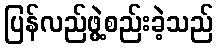
ပြန်လည်ဖွဲ့စည်းခဲ့သည်